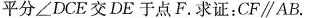
平分∠DCE交DE于点F。求证：CF∥AB.